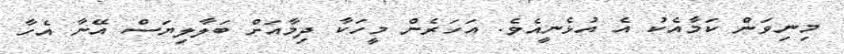
މިނިވަން ކަމާއެކު އެ އުޅެނީއެވެ. އަހަރެން މީހަކާ ދިމާއަށް ބަލާލިޔަސް އޭނާ އެހާ